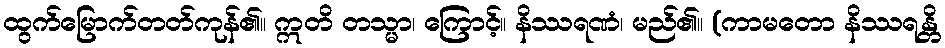
ထွက်မြောက်တတ်ကုန်၏။ ဣတိ တသ္မာ၊ ကြောင့်။ နိဿရဏံ၊ မည်၏။ (ကာမတော နိဿရန္တိ